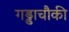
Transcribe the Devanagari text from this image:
गड्डाचौकी